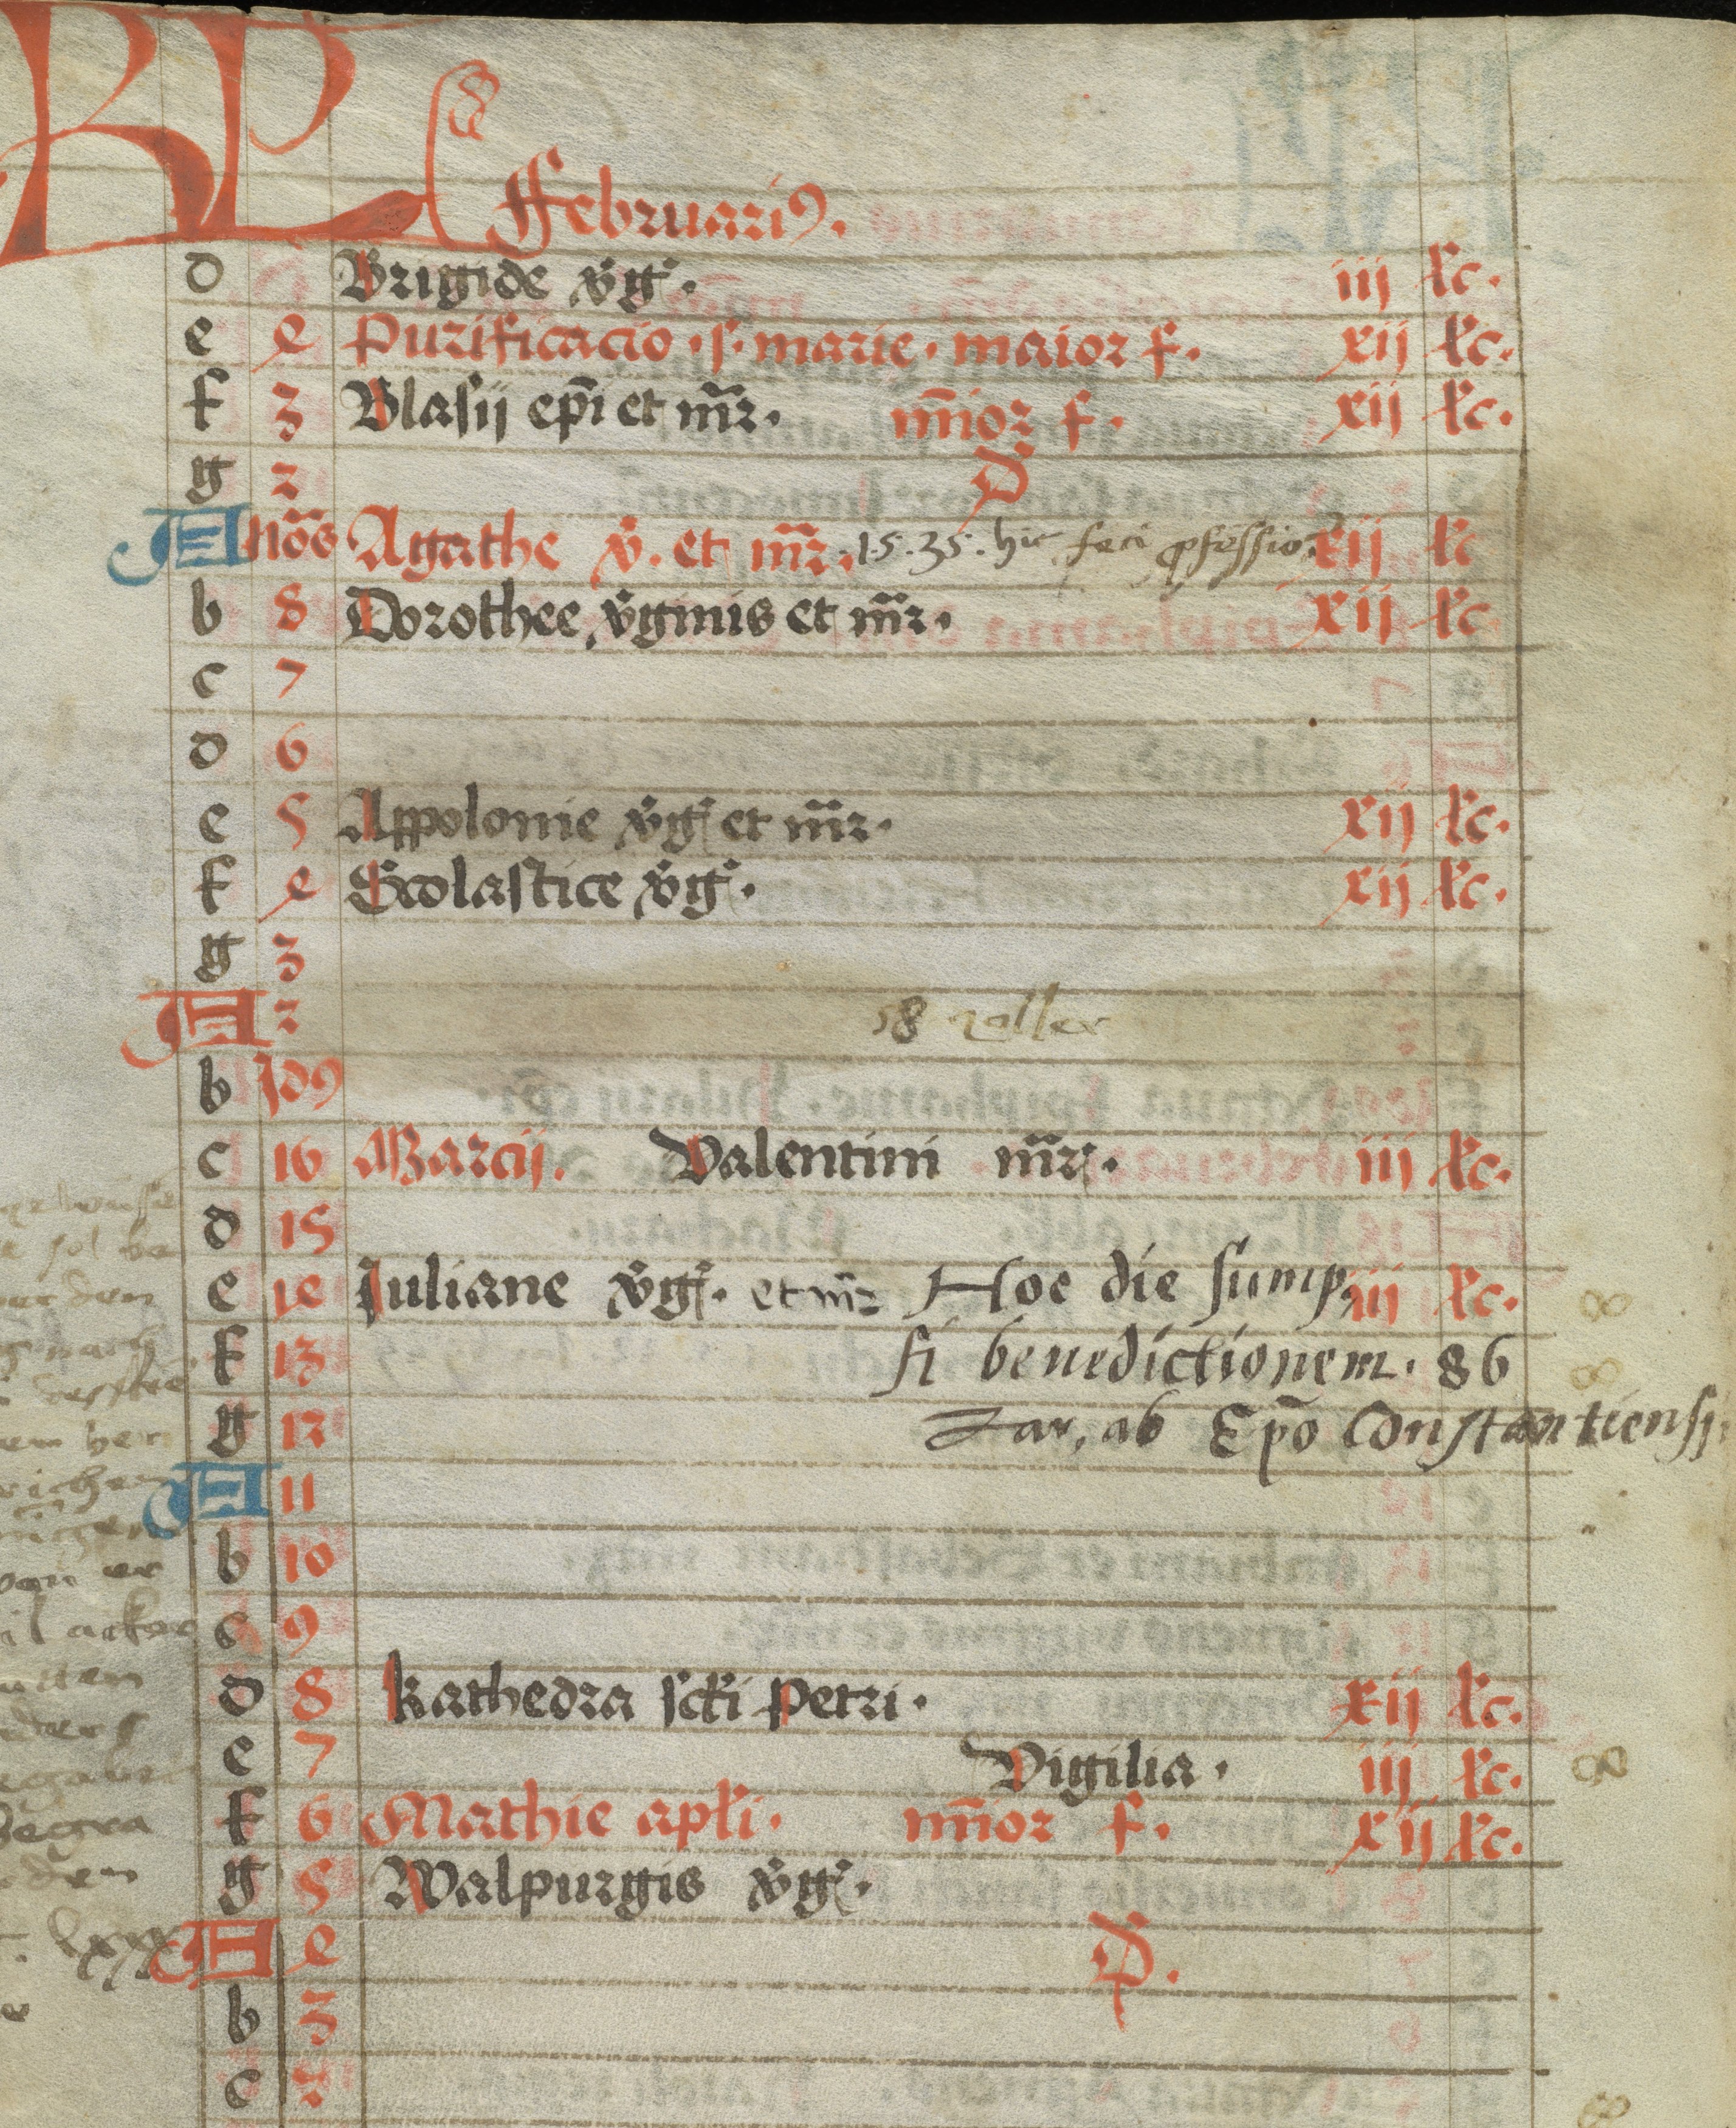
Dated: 1470–1499